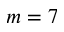
m = 7